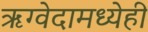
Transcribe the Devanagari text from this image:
ऋग्वेदामध्येही